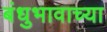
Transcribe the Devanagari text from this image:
बंधुभावाच्या